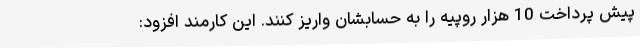
پیش پرداخت 10 هزار روپیه را به حسابشان واریز کنند. این کارمند افزود: